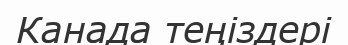
Канада теңіздері